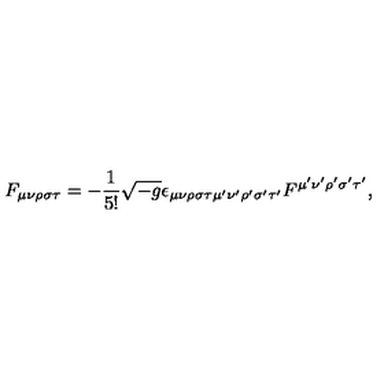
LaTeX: F _ { \mu \nu \rho \sigma \tau } = - \frac { 1 } { 5 ! } \sqrt { - g } \epsilon _ { \mu \nu \rho \sigma \tau \mu ^ { \prime } \nu ^ { \prime } \rho ^ { \prime } \sigma ^ { \prime } \tau ^ { \prime } } F ^ { \mu ^ { \prime } \nu ^ { \prime } \rho ^ { \prime } \sigma ^ { \prime } \tau ^ { \prime } } ,